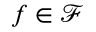
f \in \mathcal F